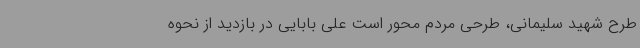
طرح شهید سلیمانی، طرحی مردم محور است علی بابایی در بازدید از نحوه